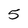
Character: 5